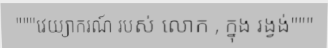
"""វេយ្យាករណ៍ របស់ លោក , ក្នុង រង្វង់"""